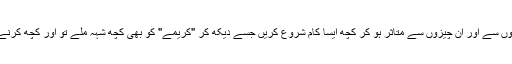
اللہ کرے آپ ان باتوں سے اور ان چیزوں سے متاثر ہو کر کچھ ایسا کام شروع کریں جسے دیکھ کر "کریمے" کو بھی کچھ شہہ ملے تو اور کچھ کرنے پر آمادہ ہو جائے۔